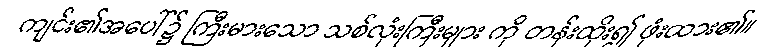
ကျင်း၏အပေါ်၌ ကြီးမားသော သစ်လုံးကြီးများ ကို တန်းထိုး၍ ဖုံးထား၏။